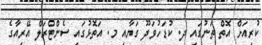
ކުރިއަށް އޮތް ތަނުގައި ދ. ކުޑަހުވަދޫ ގަޔާއި މ. އަތޮޅުގައި ސެންޓްރަލް އޭރިއާގެ